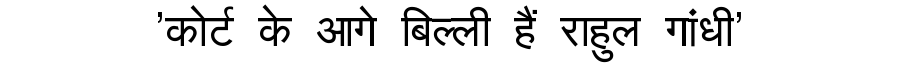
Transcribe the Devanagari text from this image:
'कोर्ट के आगे बिल्ली हैं राहुल गांधी'